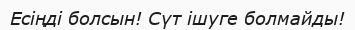
Есіңді болсын! Сүт ішуге болмайды!